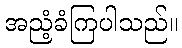
အညံ့ခံကြပါသည်။